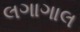
લગાગાલ